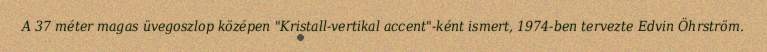
A 37 méter magas üvegoszlop középen "Kristall-vertikal accent"-ként ismert, 1974-ben tervezte Edvin Öhrström.